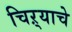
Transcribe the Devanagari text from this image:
चिऱ्याचे